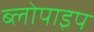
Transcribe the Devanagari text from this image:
ब्लोपाइप